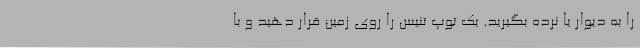
را به دیوار یا نرده بگیرید. یک توپ تنیس را روی زمین قرار دهید و با